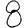
Digit: 8